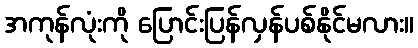
အကုန်လုံးကို ပြောင်းပြန်လှန်ပစ်နိုင်မလား။